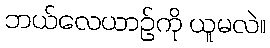
ဘယ်လေယာဉ်ကို ယူမလဲ။